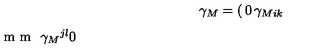
\gamma _ { M } = \left( \begin{matrix} { 0 } & { \gamma _ { M i k } } \\ { \noalign { \vskip 1 m m } \gamma _ { M } { } ^ { j l } } & { 0 } \\ \end{matrix} \right) \ ,